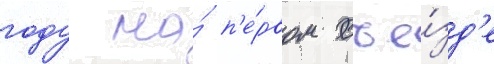
году на́ п'е́рвом съе́зд'е